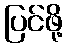
ပြင်ဖို့